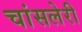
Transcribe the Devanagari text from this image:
चांसलेरी